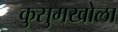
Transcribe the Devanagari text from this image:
कुसुमखोला